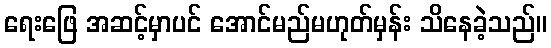
ရေးဖြေ အဆင့်မှာပင် အောင်မည်မဟုတ်မှန်း သိနေခဲ့သည်။